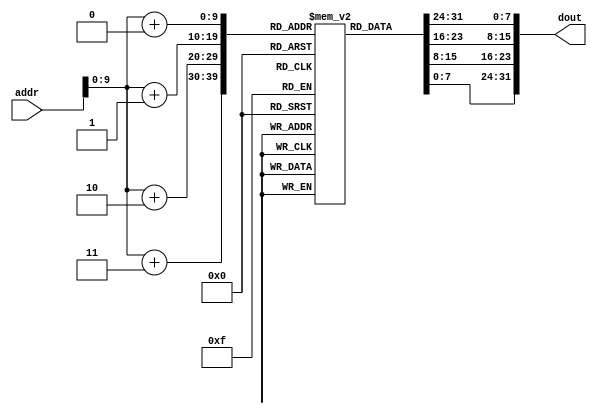
module im (addr,dout);                // 8*1024
    input  [11:0] addr;               //  address bus
    output [31:0] dout;               // 32-bit memory output

    reg    [7:0] rom [1023:0];
    
    //assign dout = {rom[addr+3],rom[addr+2],rom[addr+1],rom[addr+0]};// my test use
    assign dout = {rom[addr+0],rom[addr+1],rom[addr+2],rom[addr+3]};//teacher_test use
    //no need to sub 3000H 
endmodule